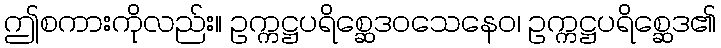
ဤစကားကိုလည်း။ ဥက္ကဋ္ဌပရိစ္ဆေဒဝသေနေဝ၊ ဥက္ကဋ္ဌပရိစ္ဆေဒ၏